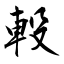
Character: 軗